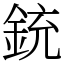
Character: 銃